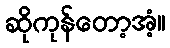
ဆိုကုန်တော့အံ့။